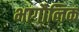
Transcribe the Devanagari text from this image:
भागौलिक